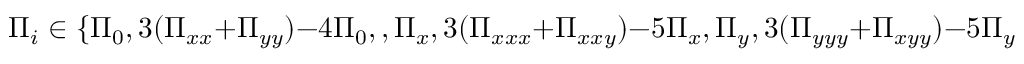
\Pi _ { i } \in \{ \Pi _ { 0 } , 3 ( \Pi _ { x x } + \Pi _ { y y } ) - 4 \Pi _ { 0 } , , \Pi _ { x } , 3 ( \Pi _ { x x x } + \Pi _ { x x y } ) - 5 \Pi _ { x } , \Pi _ { y } , 3 ( \Pi _ { y y y } + \Pi _ { x y y } ) - 5 \Pi _ { y } , \Pi _ { x x } - \Pi _ { y y } , \Pi _ { x y } \} .